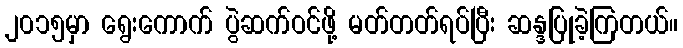
၂၀၁၅မှာ ရွေးကောက် ပွဲဆက်ဝင်ဖို့ မတ်တတ်ရပ်ပြီး ဆန္ဒပြုခဲ့ကြတယ်။